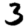
Digit: 3